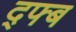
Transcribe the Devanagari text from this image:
द्फ्ब